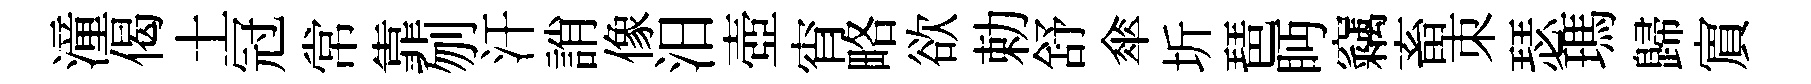
潼偈土冠常靠刎汗誚像汨壺宵略欲勅舒傘圻琶眄竊畜朿瑟瑪歸賔